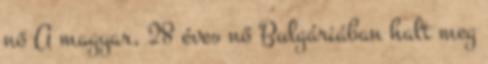
nő A magyar, 28 éves nő Bulgáriában halt meg